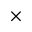
\times